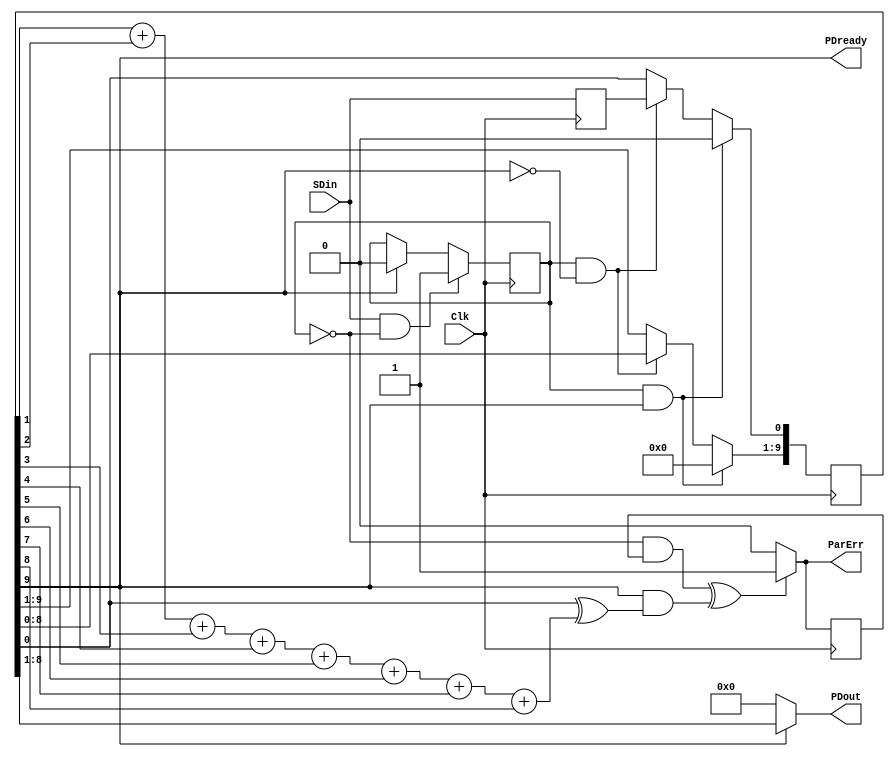
module Receiver(Clk, SDin, PDout, PDready, ParErr);

	input Clk, SDin;
	output PDready;
	output ParErr;
	output [7:0]PDout ;
	reg SDin_Hold, Data;
	reg [9:0]SR ;
	
	
	always @(posedge Clk)
		SDin_Hold <= SDin;
	
	assign PDout[7:0] = (SR[9]) ? SR[8:1] : 8'b0;
	assign PDready    = SR[9];
	
	always @(posedge Clk)
		begin
			if (SDin && ~Data)
				begin
					Data <= 1'b1;
				end
			else if (SR[9])
				begin
					Data <= 1'b0;
				end
		end

	always @(posedge Clk)
		begin
			if (Data && SR[9])
				SR[9:0] <= 10'b0;
			else if (Data && ~SR[9])
				begin
					SR[9:1] <= SR[8:0];
					SR[0]   <= SDin_Hold;
				end
			else
				SR[9:0] <= SR[9:0];
		end
		
	reg ParErr_Hold;	
	always @(posedge Clk)
		ParErr_Hold <= ParErr;
		
	wire Parr;
	assign Parr       = SR[1]+SR[2]+SR[3]+SR[4]+SR[5]+SR[6]+SR[7]+SR[8];
	assign ParErr = (((~Data & ParErr_Hold) ^ (SR[9]&(SR[0] ^ Parr)))) ? 1'b1 : 1'b0;

		
		
endmodule